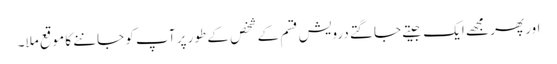
اور پھر مجھے ایک جیتے جاگتے درویش قسم کے شخص کے طور پر آپ کو جاننے کا موقع ملا۔